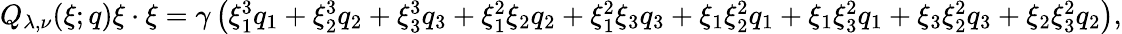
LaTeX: \begin{array}{r}{Q_{\lambda,\nu}(\xi;q)\xi\cdot\xi=\gamma\left(\xi_{1}^{3}q_{1}+\xi_{2}^{3}q_{2}+\xi_{3}^{3}q_{3}+\xi_{1}^{2}\xi_{2}q_{2}+\xi_{1}^{2}\xi_{3}q_{3}+\xi_{1}\xi_{2}^{2}q_{1}+\xi_{1}\xi_{3}^{2}q_{1}+\xi_{3}\xi_{2}^{2}q_{3}+\xi_{2}\xi_{3}^{2}q_{2}\right),}\end{array}